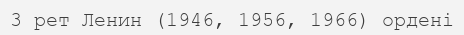
3 рет Ленин (1946, 1956, 1966) ордені